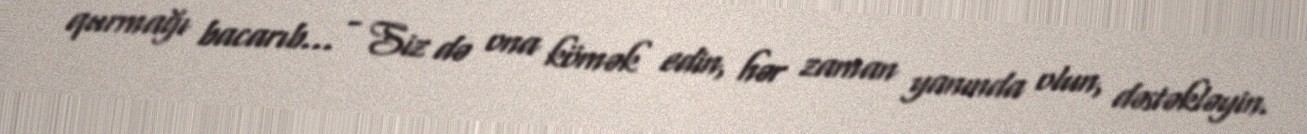
qurmağı bacarıb... - Siz də ona kömək edin, hər zaman yanında olun, dəstəkləyin.